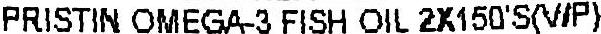
PRISTIN OMEGA-3 FISH OIL 2X150'S(V/P)